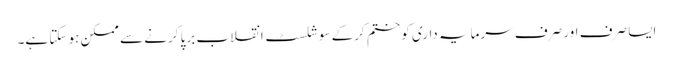
ایسا صرف اور صرف سرمایہ داری کو ختم کرکے سوشلسٹ انقلاب برپا کرنے سے ممکن ہو سکتا ہے۔